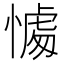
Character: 𢟶